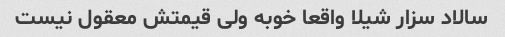
سالاد سزار شیلا واقعا خوبه ولی قیمتش معقول نیست